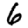
Digit: 6